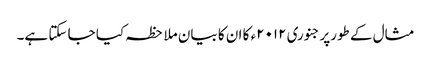
مثال کے طورپرجنوری ۲۰۱۲ء کا ان کا بیان ملاحظہ کیا جا سکتا ہے۔